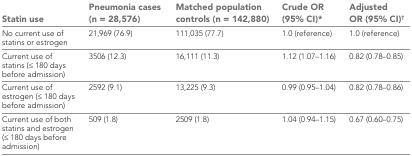
<table><thead><tr><td><b>Statin use</b></td><td><b>Pneumonia cases (n = 28,576)</b></td><td><b>Matched population controls (n = 142,880)</b></td><td><b>Crude OR (95% CI)*</b></td><td><b>Adjusted OR (95% CI)†</b></td></tr></thead><tbody><tr><td>No current use of statins or estrogen</td><td>21,969 (76.9)</td><td>111,035 (77.7)</td><td>1.0 (reference)</td><td>1.0 (reference)</td></tr><tr><td>Current use of statins (≤ 180 days before admission)</td><td>3506 (12.3)</td><td>16,111 (11.3)</td><td>1.12 (1.07–1.16)</td><td>0.82 (0.78–0.85)</td></tr><tr><td>Current use of estrogen (≤ 180 days before admission)</td><td>2592 (9.1)</td><td>13,225 (9.3)</td><td>0.99 (0.95–1.04)</td><td>0.82 (0.78–0.86)</td></tr><tr><td>Current use of both statins and estrogen (≤ 180 days before admission)</td><td>509 (1.8)</td><td>2509 (1.8)</td><td>1.04 (0.94–1.15)</td><td>0.67 (0.60–0.75)</td></tr></tbody></table>